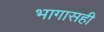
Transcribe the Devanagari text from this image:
भागासही